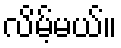
လိမ့်မယ်။